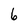
Character: 6